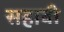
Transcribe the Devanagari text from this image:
सहाबी